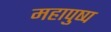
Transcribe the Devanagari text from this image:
महापुष्प